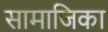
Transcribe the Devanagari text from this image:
सामाजिका